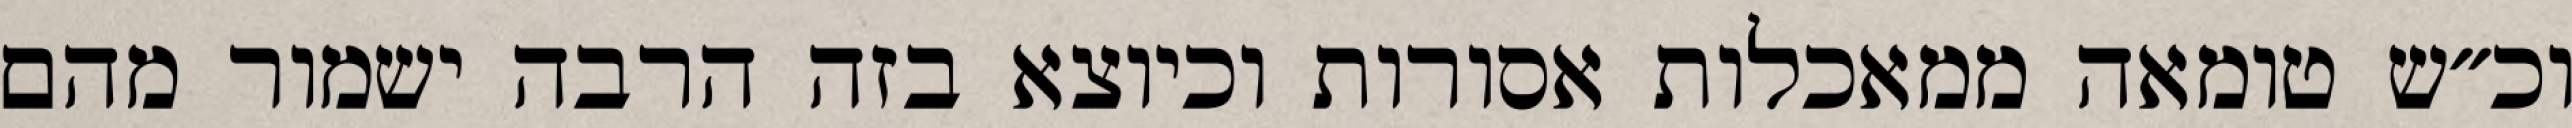
וכ״ש טומאה ממאכלות אסורות וכיוצא בזה הרבה ישמור מהם